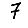
Digit: 7